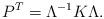
LaTeX: \begin{align*} P^T = \Lambda^{-1}K\Lambda. \end{align*}